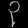
Digit: ၃